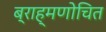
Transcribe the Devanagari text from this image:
ब्राह्मणोचित